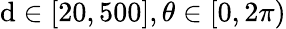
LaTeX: \mathrm{d}\in[20,500],\theta\in[0,2\pi)